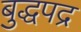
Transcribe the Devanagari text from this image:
बुद्धपद्र